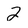
Character: 2